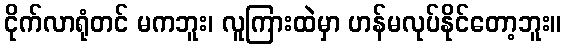
ငိုက်လာရုံတင် မကဘူး၊ လူကြားထဲမှာ ဟန်မလုပ်နိုင်တော့ဘူး။